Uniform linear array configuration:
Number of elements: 8
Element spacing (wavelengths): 0.75
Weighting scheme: hamming
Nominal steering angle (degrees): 0
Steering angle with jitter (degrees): -1.949
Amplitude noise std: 0.05
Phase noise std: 0.05

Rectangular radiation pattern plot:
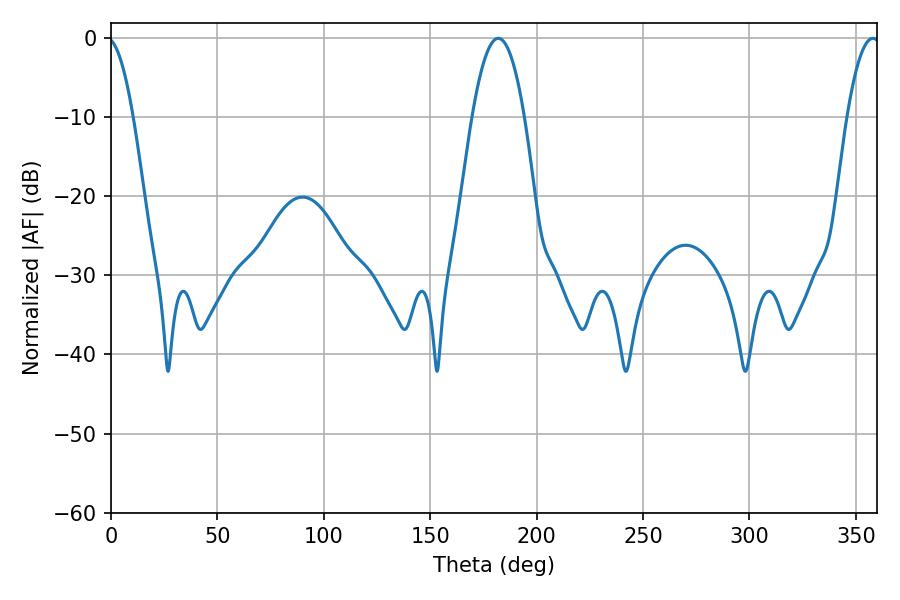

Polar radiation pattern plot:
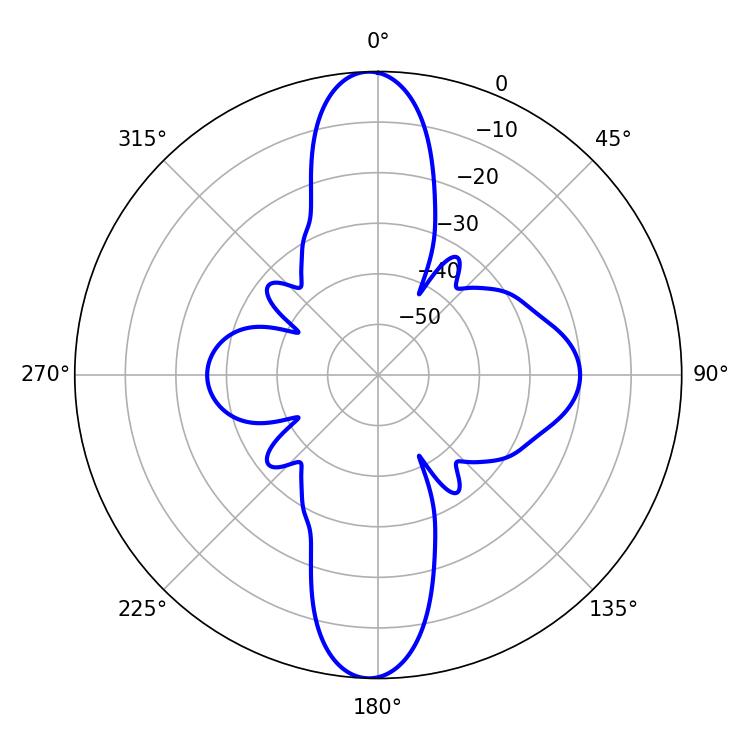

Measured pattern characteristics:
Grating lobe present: TRUE
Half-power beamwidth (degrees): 13.32
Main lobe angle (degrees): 181.98